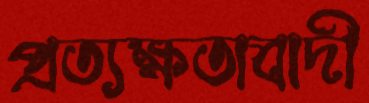
প্রত্যক্ষতাবাদী